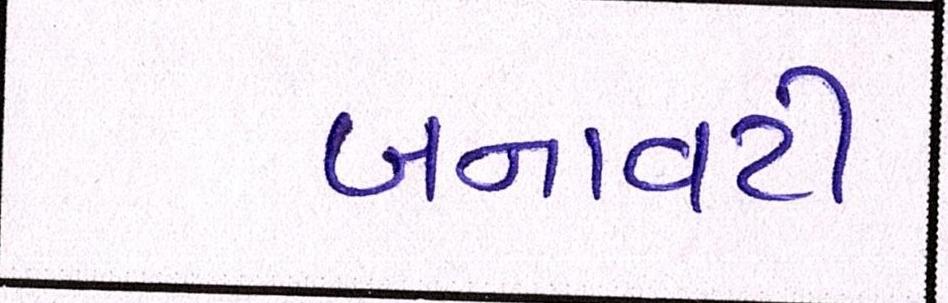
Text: બનાવટી